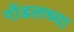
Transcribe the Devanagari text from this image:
गोंडलच्या